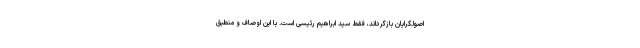
اصولگرایان بازگرداند، فقط سید ابراهیم رئیسی است. با این اوصاف و منطبق